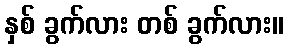
နှစ် ခွက်လား တစ် ခွက်လား။